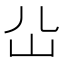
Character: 𡴸